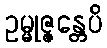
ဥမ္မုဇ္ဇန္တေပိ